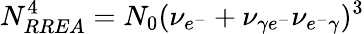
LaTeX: N_{RREA}^{4}=N_{0}(\nu_{e^{-}}+\nu_{\gamma e^{-}}\nu_{e^{-}\gamma})^{3}